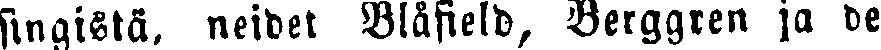
singistä, neidet Blåfield, Berggren ja de